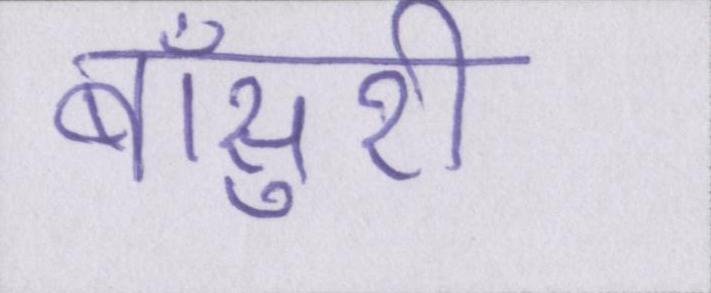
बाँसुरी